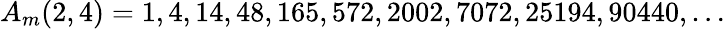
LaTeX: A_{m}(2,4)=1,4,14,48,165,572,2002,7072,25194,90440,\ldots